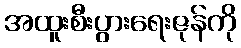
အထူးစီးပွားရေးဇုန်ကို